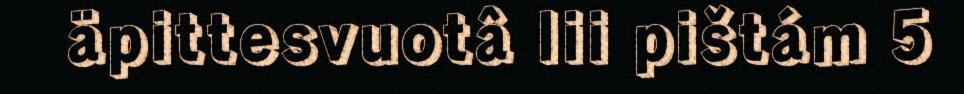
äpittesvuotâ lii pištám 5